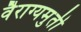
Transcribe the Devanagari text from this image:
वैराग्यमुर्ती